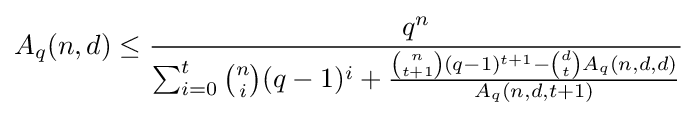
A_{q}(n,d)\leq {\frac {q^{n}}{\sum _{i=0}^{t}{n \choose i}(q-1)^{i}+{\frac {{n \choose t+1}(q-1)^{t+1}-{d \choose t}A_{q}(n,d,d)}{A_{q}(n,d,t+1)}}}}